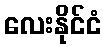
လေးနိုင်ငံ